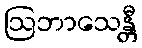
ဩဘာသေန္တီ